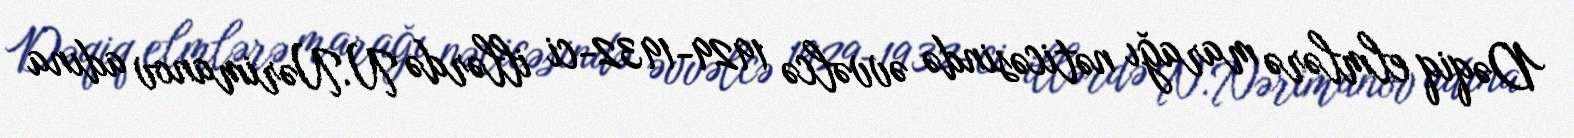
Dəqiq elmlərə marağı nəticəsində əvvəlcə 1929-1932-ci illərdə N.Nərimanov adına